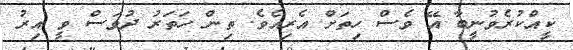
ކީއްކުރެވުނީބާ އޭ ވެސް ހިތަށް އެރިއެވެ. ތިން ހަތަރު ދުވަސް ވީ އިރު